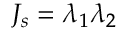
J _ { s } = \lambda _ { 1 } \lambda _ { 2 }